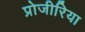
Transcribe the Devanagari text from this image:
प्रोजीरिया